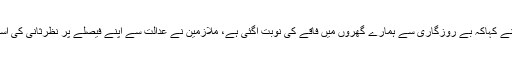
ملازمین نے کہاکہ بے روزگاری سے ہمارے گھروں میں فاقے کی نوبت آگئی ہے، ملازمین نے عدالت سے اپنے فیصلے پر نظرثانی کی استدعا کی ۔